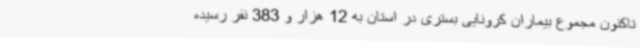
تاکنون مجموع بیماران کرونایی بستری در استان به 12 هزار و 383 نفر رسیده